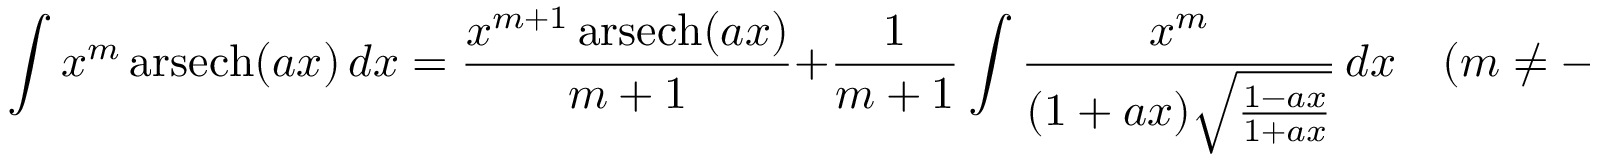
\int x ^ { m } \operatorname { a r s e c h } ( a x ) \, d x = { \frac { x ^ { m + 1 } \operatorname { a r s e c h } ( a x ) } { m + 1 } } + { \frac { 1 } { m + 1 } } \int { \frac { x ^ { m } } { ( 1 + a x ) { \sqrt { \frac { 1 - a x } { 1 + a x } } } } } \, d x \quad ( m \neq - 1 )